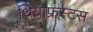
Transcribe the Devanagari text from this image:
थियोफ्रस्टस